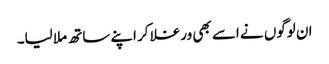
ان لوگوں نے اسے بھی ورغلا کر اپنے ساتھ ملا لیا۔